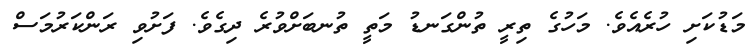
މަޑުކަށި ހުރެއެވެ. މަހުގެ ތިރީ ތުންގަނޑު މަތީ ތުނބަށްވުރެ ދިގެވެ. ފަށުވި ރަންކަރުމަސް